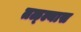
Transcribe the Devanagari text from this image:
तळ्ल्यास